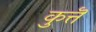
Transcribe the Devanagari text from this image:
कुत्तॆ